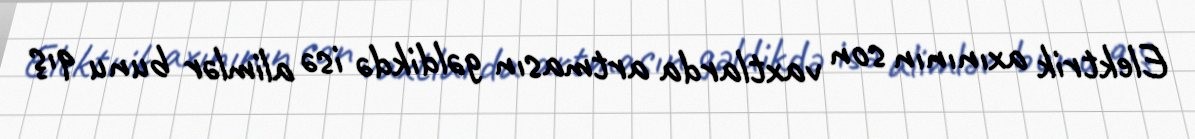
Elektrik axınının son vaxtlarda artmasın gəldikdə isə alimlər bunu qış